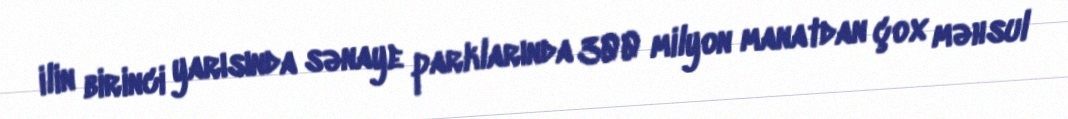
ilin birinci yarısında sənaye parklarında 300 milyon manatdan çox məhsul